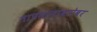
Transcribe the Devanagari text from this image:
तापमानाबरोबर